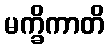
မက္ခိကာတိ